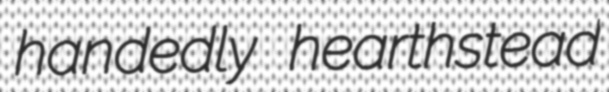
handedly hearthstead